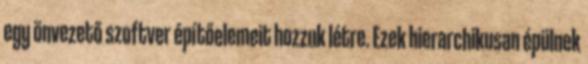
egy önvezető szoftver építőelemeit hozzuk létre. Ezek hierarchikusan épülnek